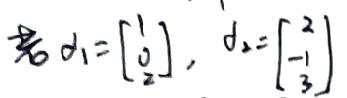
若$d_1=\begin{bmatrix}1\\0\\2\end{bmatrix},d_2=\begin{bmatrix}2\\ - 1\\3\end{bmatrix}$